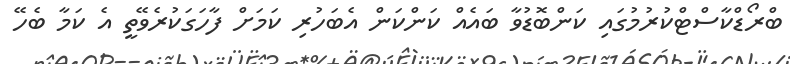
ބްރޯޑްކާސްޓްކުރުމުގައި ކަންބޮޑުވާ ބައެއް ކަންކަން އެބަހުރި ކަމަށް ފާހަގަކުރެވޭތީ އެ ކަމާ ބެހޭ